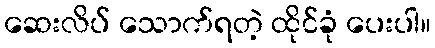
ဆေးလိပ် သောက်ရတဲ့ ထိုင်ခုံ ပေးပါ။